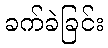
ခက်ခဲခြင်း